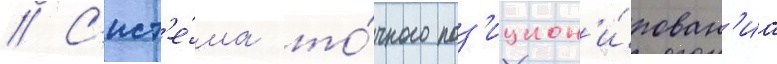
// С'ист'е́ма то́чного поз'ицион'и́рован'иа